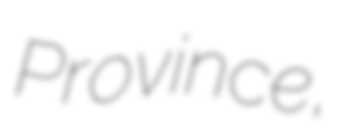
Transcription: Province,